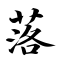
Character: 落